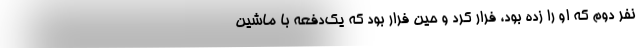
نفر دوم که او را زده بود، فرار کرد و حین فرار بود که یک‌دفعه با ماشین